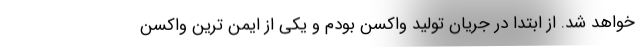
خواهد شد. از ابتدا در جریان تولید واکسن بودم و یکی از ایمن ترین واکسن